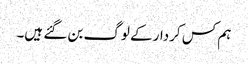
ہم کس کردار کے لوگ بن گئے ہیں۔